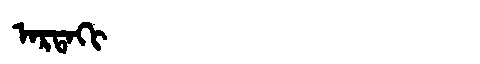
Manchu: ᠠᡵᡨᠠᡴᡳ
Romanization: ARTAKI